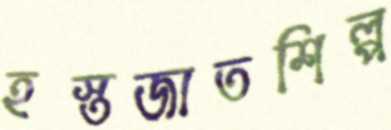
হস্তজাতশিল্প